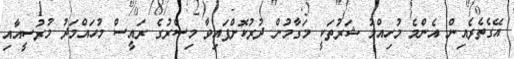
އޭގެތެރެއިން އެންމެ މުހިއްމު ޝަރުތަކީ މަގާމުން ދުރުކޮށްފައިވާ މިސްރުގެ ރައީސް މުހައްމަދު މުރުސީއާއި